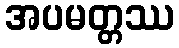
အပမတ္တဿ